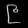
Digit: ၉